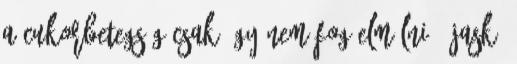
A cukorbetegség csak úgy nem fog elmúlni . Jaskó